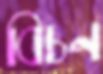
বিচন